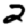
Digit: 2